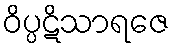
ဝိပ္ပဋိသာရဇေ